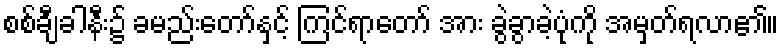
စစ်ချီခါနီး၌ ခမည်းတော်နှင့် ကြင်ရာတော် အား ခွဲခွာခဲ့ပုံကို အမှတ်ရလာ၏။